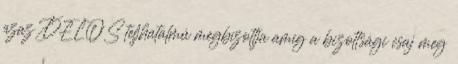
azaz DELOS teljhatalmú megbízottja amíg a bizottsági csaj meg